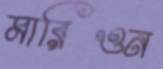
মারিওন